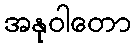
အနုဝါတော